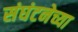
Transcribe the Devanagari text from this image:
संघंटनेच्या